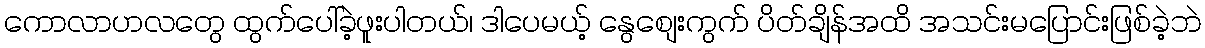
ကောလာဟလတွေ ထွက်ပေါ်ခဲ့ဖူးပါတယ်၊ ဒါပေမယ့် နွေစျေးကွက် ပိတ်ချိန်အထိ အသင်းမပြောင်းဖြစ်ခဲ့ဘဲ